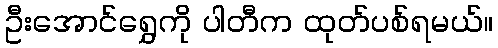
ဦးအောင်ရွှေကို ပါတီက ထုတ်ပစ်ရမယ်။